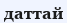
даттай